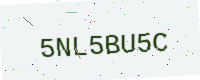
Text: 5NL5BU5C